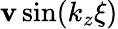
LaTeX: \mathbf{v}\sin(k_{z}\xi)